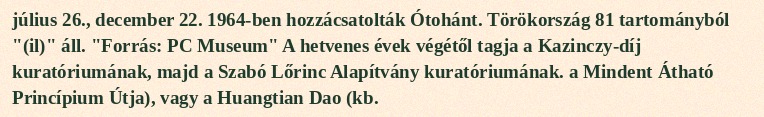
július 26., december 22. 1964-ben hozzácsatolták Ótohánt. Törökország 81 tartományból "(il)" áll. "Forrás: PC Museum" A hetvenes évek végétől tagja a Kazinczy-díj kuratóriumának, majd a Szabó Lőrinc Alapítvány kuratóriumának. a Mindent Átható Princípium Útja), vagy a Huangtian Dao (kb.